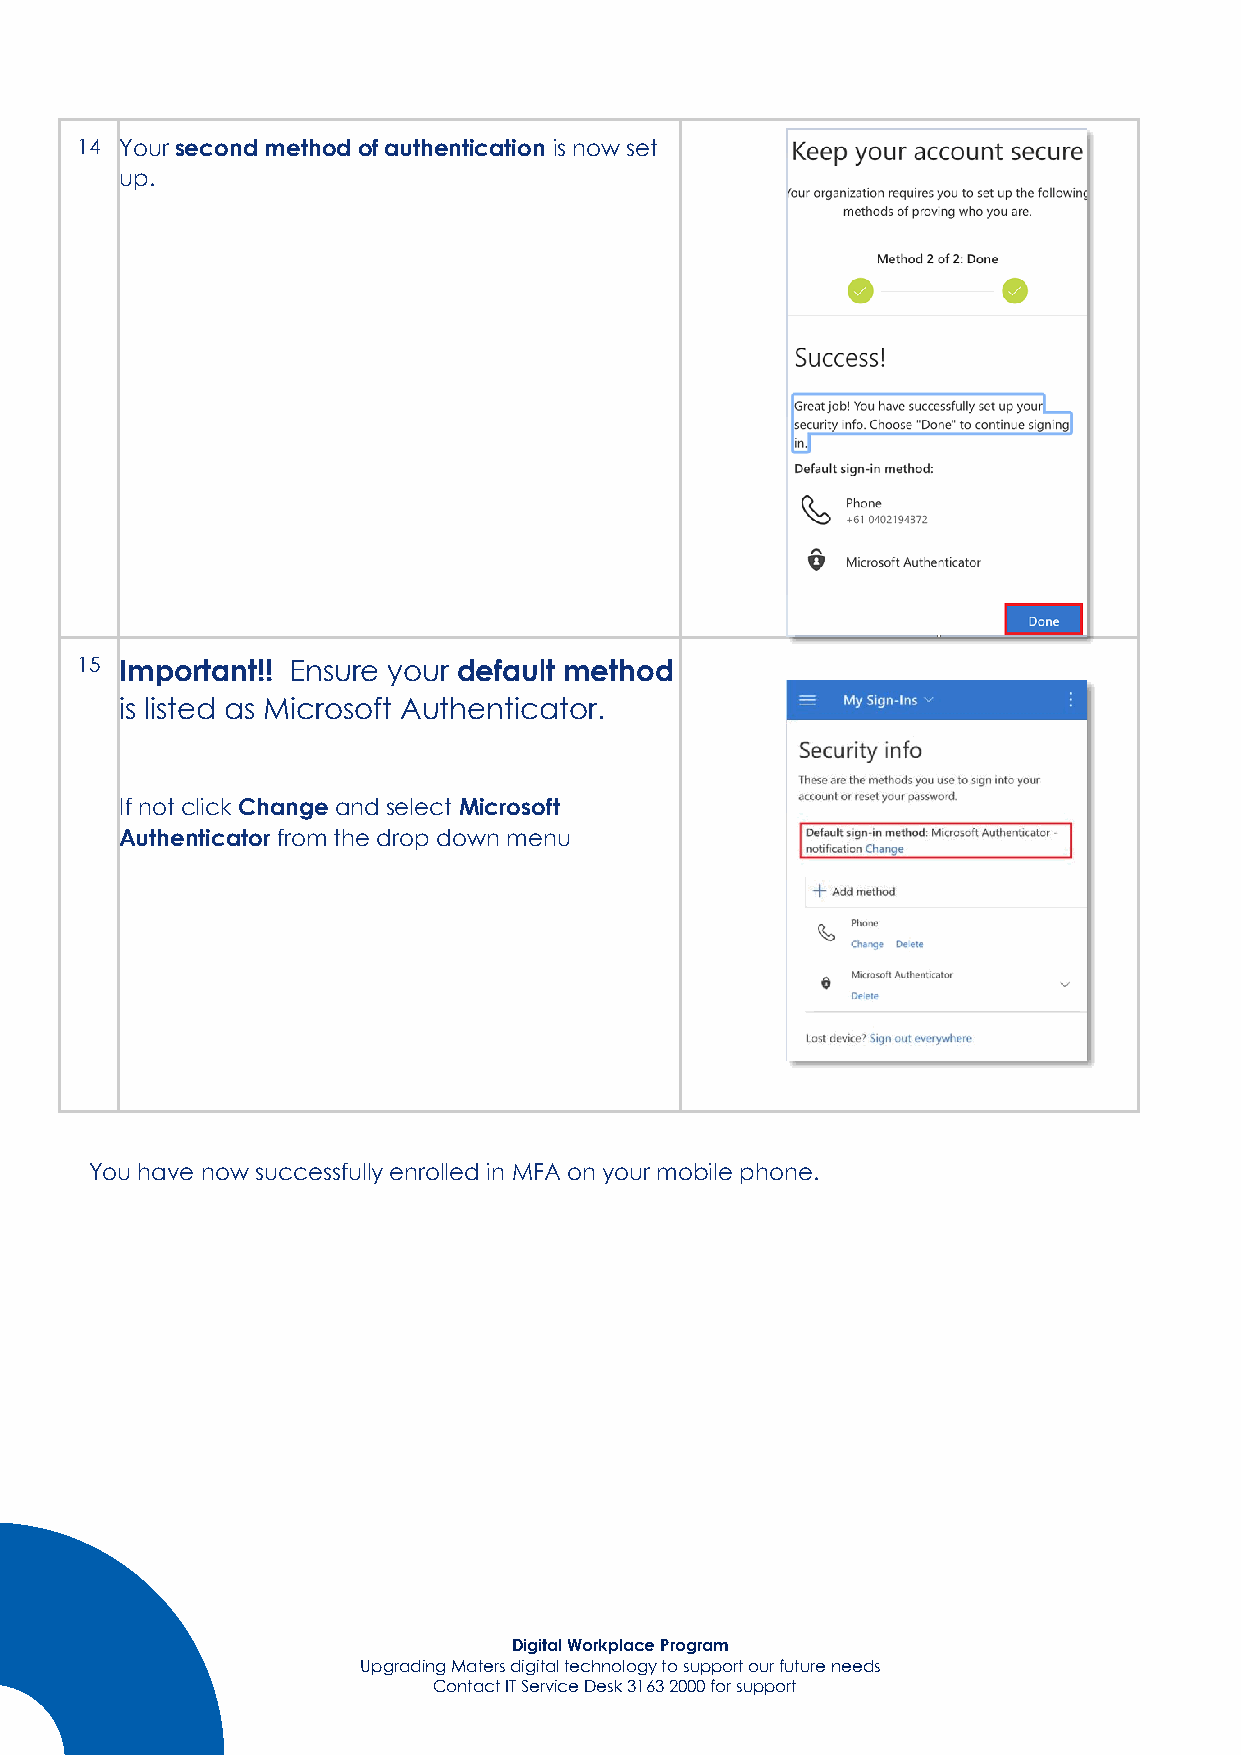
14 Your second method of authentication is now set
 up.
 15 Important!! Ensure your default method
 is listed as Microsoft Authenticator.
 If not click Change and select Microsoft
 Authenticator from the drop down menu
 You have now successfully enrolled in MFA on your mobile phone.
 Digital Workplace Program
 Upgrading Maters digital technology to support our future needs
 Contact IT Service Desk 3163 2000 for support